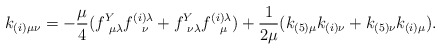
\begin{align*}k_{(i)\mu\nu} = -{\mu\over 4}(f^Y_{~\mu\lambda}f^{(i)\lambda}_{~~\nu} +f^Y_{~\nu\lambda}f^{(i)\lambda}_{~~\mu})+{1\over 2\mu}(k_{(5)\mu}k_{(i)\nu} +k_{(5)\nu}k_{(i)\mu}).\end{align*}